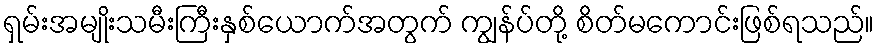
ရှမ်းအမျိုးသမီးကြီးနှစ်ယောက်အတွက် ကျွန်ပ်တို့ စိတ်မကောင်းဖြစ်ရသည်။